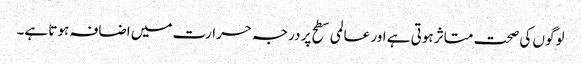
لوگوں کی صحت متاثر ہوتی ہے اور عالمی سطح پر درجہ حرارت میں اضافہ ہوتا ہے۔